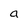
Character: a